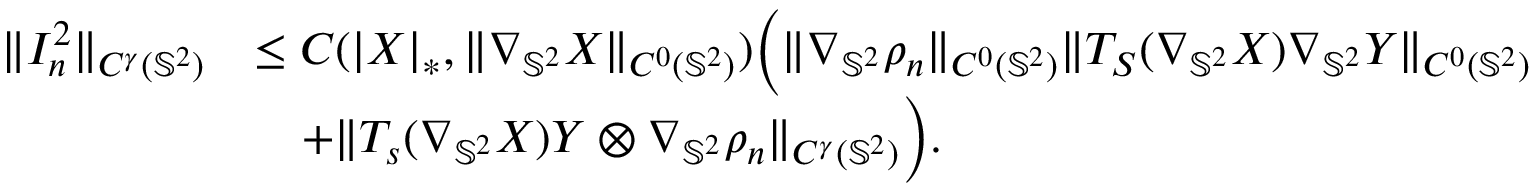
\begin{array} { r l } { \| I _ { n } ^ { 2 } \| _ { C ^ { \gamma } ( \mathbb { S } ^ { 2 } ) } } & { \leq C ( | \boldsymbol { X } | _ { * } , \| \nabla _ { \mathbb { S } ^ { 2 } } \boldsymbol { X } \| _ { C ^ { 0 } ( \mathbb { S } ^ { 2 } ) } ) \Big ( \| \nabla _ { \mathbb { S } ^ { 2 } } \rho _ { n } \| _ { C ^ { 0 } ( \mathbb { S } ^ { 2 } ) } \| T _ { S } ( \nabla _ { \mathbb { S } ^ { 2 } } \boldsymbol { X } ) \nabla _ { \mathbb { S } ^ { 2 } } \boldsymbol { Y } \| _ { C ^ { 0 } ( \mathbb { S } ^ { 2 } ) } } \\ & { \quad + \| T _ { s } ( \nabla _ { \mathbb { S } ^ { 2 } } \boldsymbol { X } ) \boldsymbol { Y } \otimes \nabla _ { \mathbb { S } ^ { 2 } } \rho _ { n } \| _ { C ^ { \gamma } ( \mathbb { S } ^ { 2 } ) } \Big ) . } \end{array}